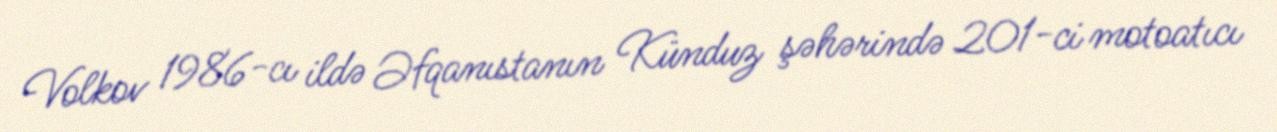
Volkov 1986-cı ildə Əfqanıstanın Künduz şəhərində 201-ci motoatıcı